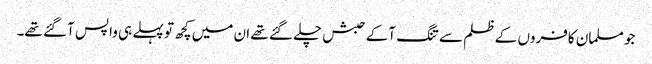
جو مسلمان کافروں کے ظلم سے تنگ آکے حبش چلے گئے تھے ان میں کچھ تو پہلے ہی واپس آگئے تھے۔